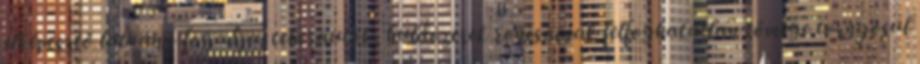
elképesztő látvány fogadja: teherautók, buldózerek roncsainak felfoghatatlan tömege tornyosul